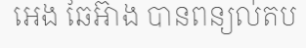
អេង ឆៃអ៊ាង បានពន្យល់តប